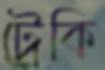
ট্রেকি